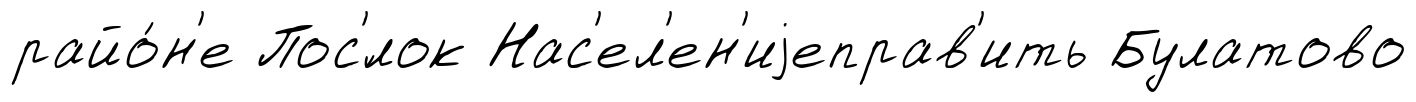
райо́н'е Пос'́лок Нас'ел'ен'иjеправ'ить Булатово